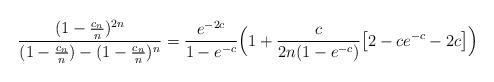
LaTeX: \begin{align*}\frac{(1 - \frac{c_n}{n})^{2 n}}{(1 - \frac{c_n}{n}) - (1 - \frac{c_n}{n})^{n}}=\frac{e^{-2 c}}{1 - e^{- c}}\Bigl(1 +\frac{c}{2 n (1 - e^{- c})}\bigl[2 - c e^{-c} - 2 c\bigr]\Bigr) \end{align*}